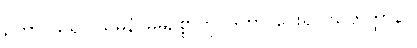
ဥတွာ၊ သိ၍။ သဓနံ၊ မိမိဥစ္စာကို။ ဒတွာ၊ ပေး၍။ သဟတ္ထာနာ၊